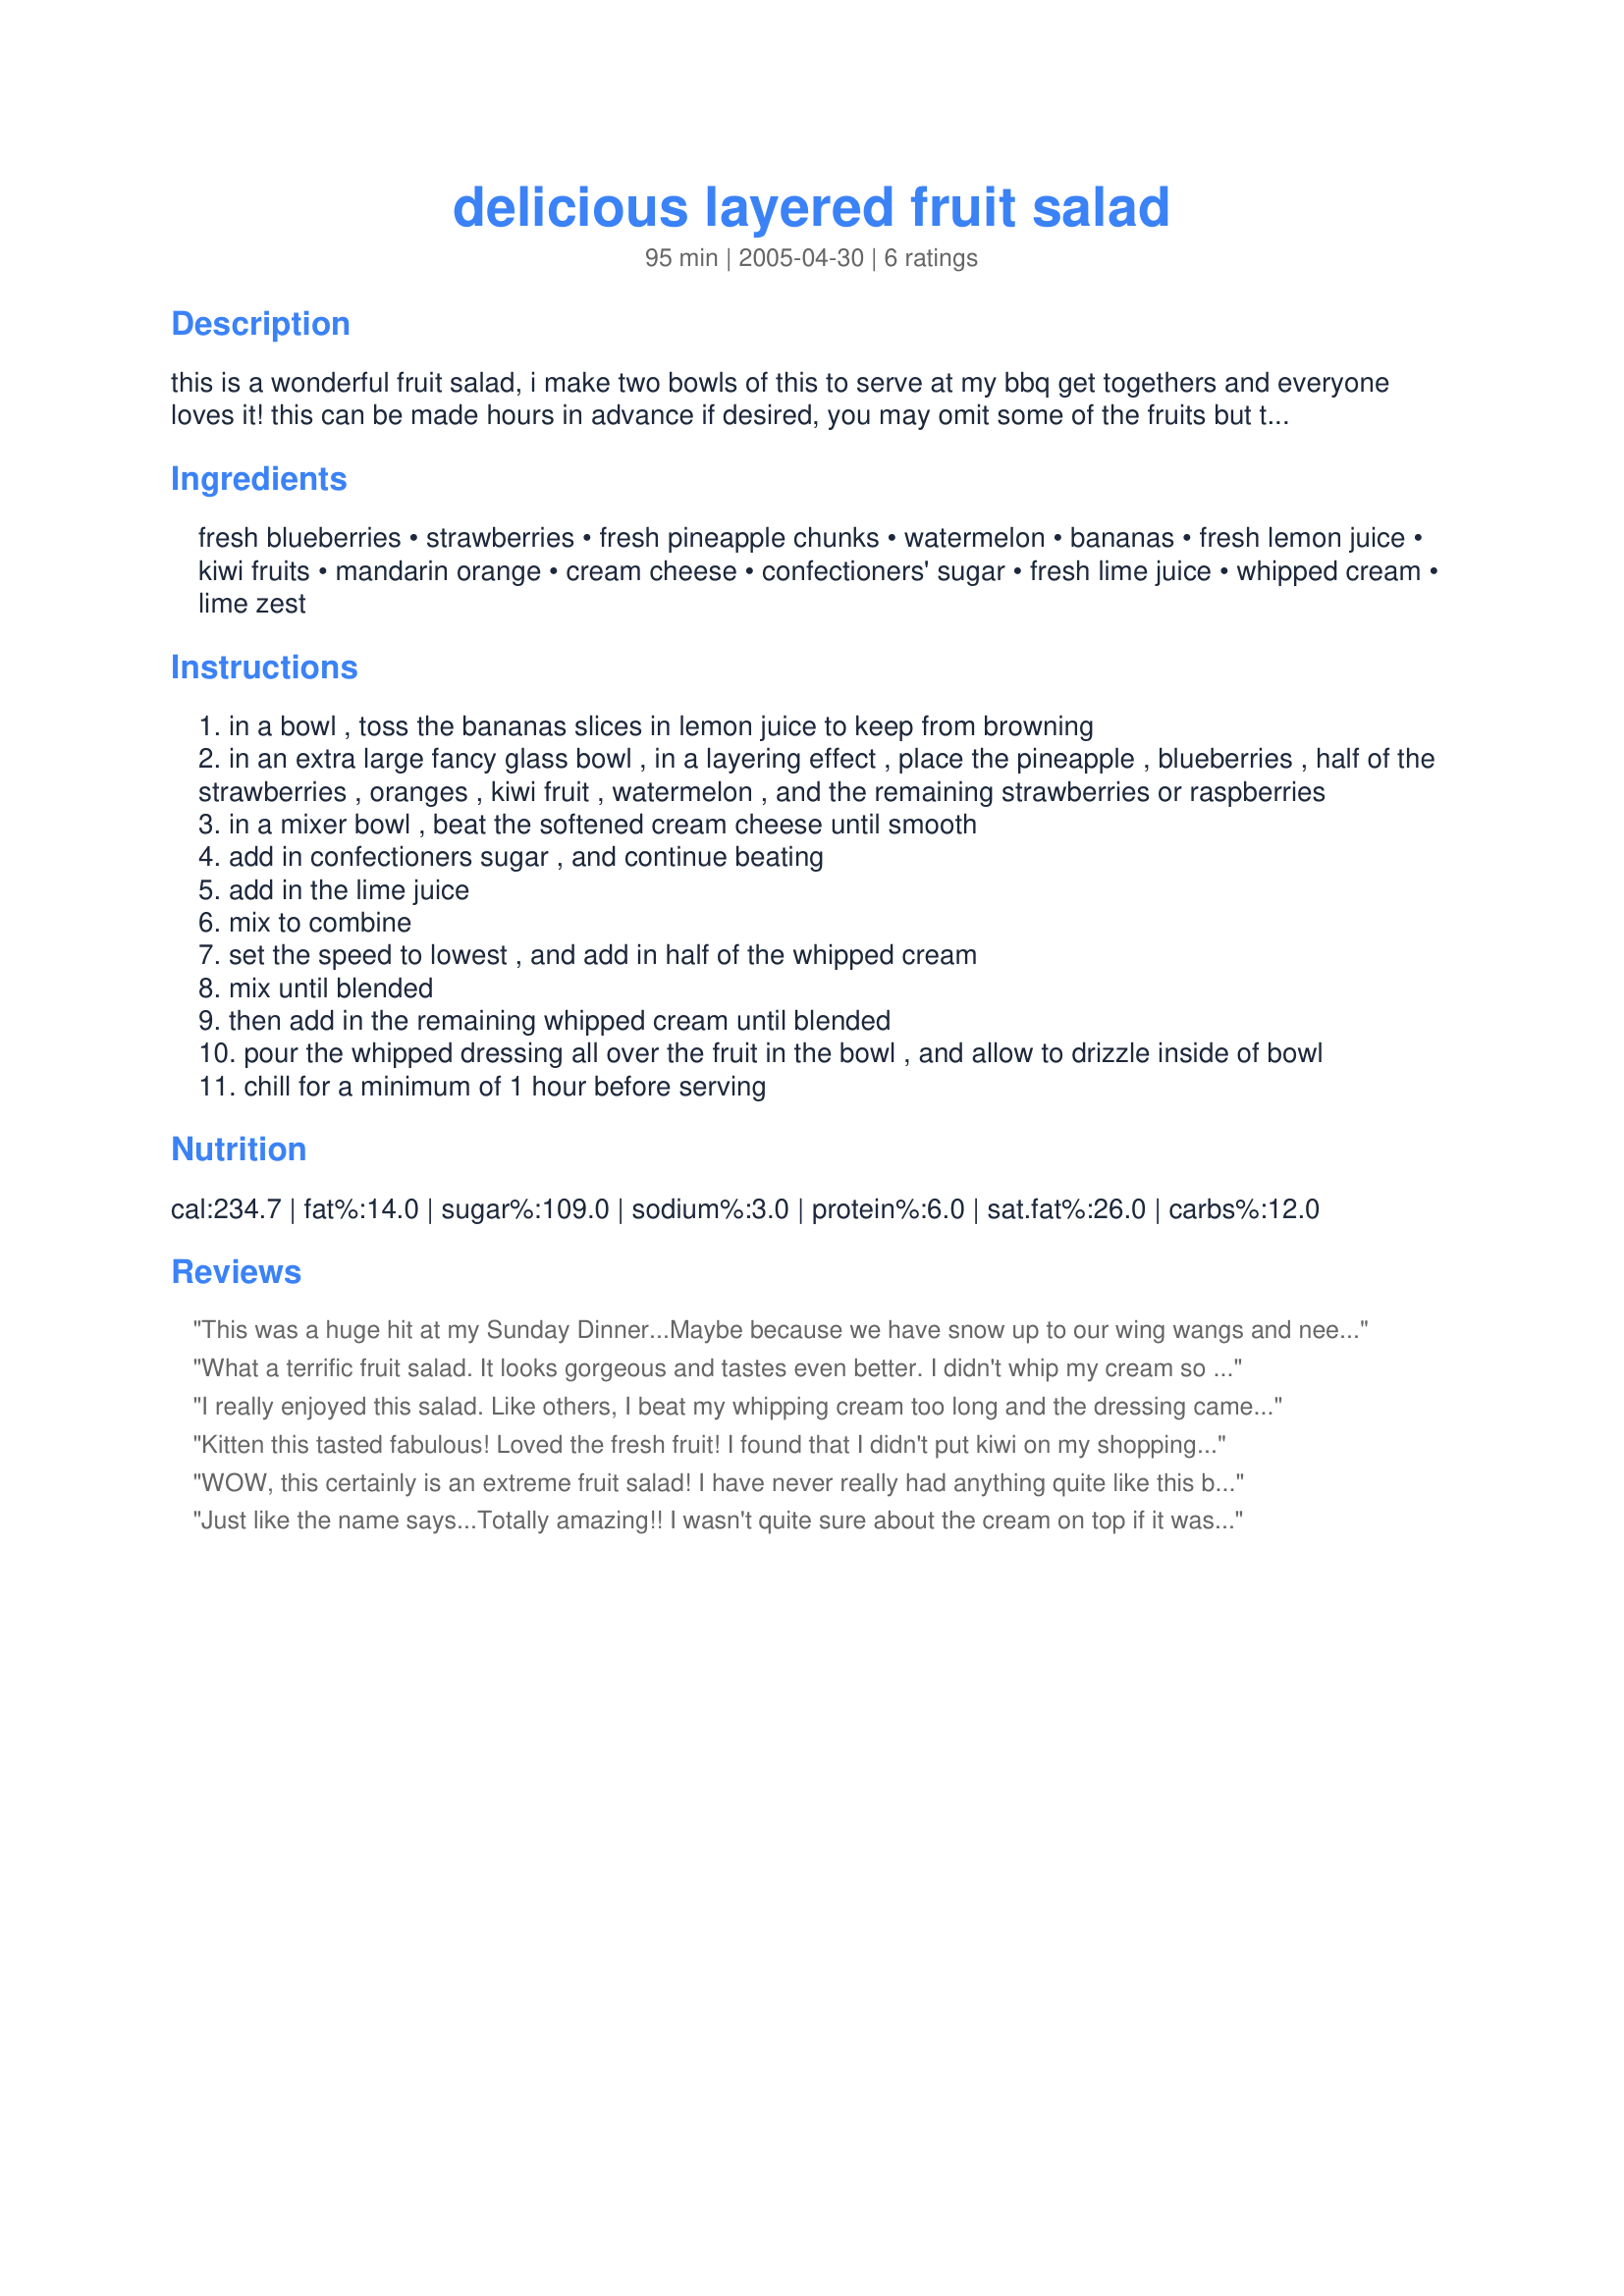
delicious layered fruit salad
Preparation time: 95 minutes

this is a wonderful fruit salad, i make two bowls of this to serve at my bbq get togethers and everyone loves it! this can be made hours in advance if desired, you may omit some of the fruits but try to use them all. cooking time is chilling time.

Ingredients:
fresh blueberries, strawberries, fresh pineapple chunks, watermelon, bananas, fresh lemon juice, kiwi fruits, mandarin orange, cream cheese, confectioners' sugar, fresh lime juice, whipped cream, lime zest

Steps:
in a bowl , toss the bananas slices in lemon juice to keep from browning
in an extra large fancy glass bowl , in a layering effect , place the pineapple , blueberries , half of the strawberries , oranges , kiwi fruit , watermelon , and the remaining strawberries or raspberries
in a mixer bowl , beat the softened cream cheese until smooth
add in confectioners sugar , and continue beating
add in the lime juice
mix to combine
set the speed to lowest , and add in half of the whipped cream
mix until blended
then add in the remaining whipped cream until blended
pour the whipped dressing all over the fruit in the bowl , and allow to drizzle inside of bowl
chill for a minimum of 1 hour before serving

Reviews:
This was a huge hit at my Sunday Dinner...Maybe because we have snow up to our wing wangs and needed something fresh and summery...but the taste was wonderful, they ate it all up...
What a terrific fruit salad. It looks gorgeous and tastes even better. I didn't whip my cream so that it was firm but the dressing was still thick, at least it didn't spread over the salad. I wondered if I should have left it out of the fridge for the hour. I really wouldn't complain about the dressing though as it tasted fabulous. Just a reminder not to expect it to drizzle into the salad. I will use this mixture again and again. Thanks for posting your recipe. Made for ZWT5 Hell's Kitchen Angels.
I really enjoyed this salad. Like others, I beat my whipping cream too long and the dressing came out thick. Perhaps, I will use a bit less cream cheese next time in addition to reducing the time I whip the cream. There was not a kiwi to be found in the store, I substituted grapes. I eyeballed the ingredients and ended up with a pretty big bowl of fruit. This recipe is a keeper.
Kitten this tasted fabulous! Loved the fresh fruit! I found that I didn't put kiwi on my shopping list so I just left them out...it was still yummy. My topping was very thick also...how would you suggest thinning it out Kitten? Thanks!!!
WOW, this certainly is an extreme fruit salad! I have never really had anything quite like this before, and as good as this! This just couldn't be bad with all the wonderful ingredients and fruit in this salad! I just can't wait until I make this for a second time, KITTENCAL you have done it again, and again! FANTSTIC fruit recipe, thank you.
Just like the name says...Totally amazing!!

I wasn't quite sure about the cream on top if it was supposed to be runny or thick. Mine was thick and it was good. Next time I will try to make it runnier and see what that is like.
Makes lots.
